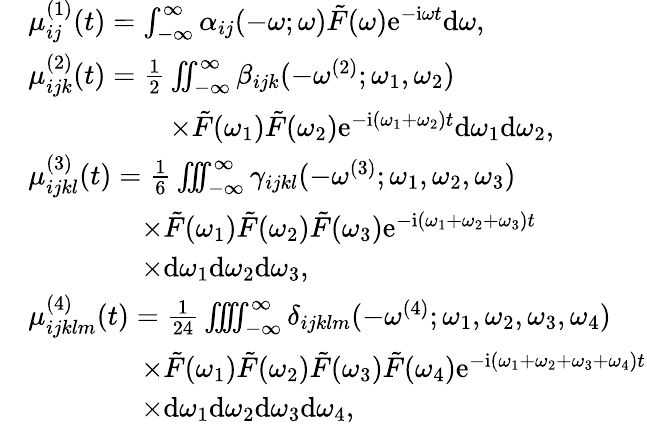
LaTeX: \begin{array}{rl}&{\mu_{ij}^{(1)}(t)=\int_{-\infty}^{\infty}\alpha_{ij}(-\omega;\omega)\tilde{F}(\omega)\mathrm{e}^{-\mathrm{i}\omega t}\mathrm{d}\omega,}\\ &{\mu_{ijk}^{(2)}(t)=\frac{1}{2}\iint_{-\infty}^{\infty}\beta_{ijk}(-\omega^{(2)};\omega_{1},\omega_{2})}\\ &{\qquad\qquad\quad\times\tilde{F}(\omega_{1})\tilde{F}(\omega_{2})\mathrm{e}^{-\mathrm{i}(\omega_{1}+\omega_{2})t}\mathrm{d}\omega_{1}\mathrm{d}\omega_{2},}\\ &{\mu_{ijkl}^{(3)}(t)=\frac{1}{6}\iint\! \! \! \int_{-\infty}^{\infty}\gamma_{ijkl}(-\omega^{(3)};\omega_{1},\omega_{2},\omega_{3})}\\ &{\qquad\qquad\times\tilde{F}(\omega_{1})\tilde{F}(\omega_{2})\tilde{F}(\omega_{3})\mathrm{e}^{-\mathrm{i}(\omega_{1}+\omega_{2}+\omega_{3})t}}\\ &{\qquad\qquad\times\mathrm{d}\omega_{1}\mathrm{d}\omega_{2}\mathrm{d}\omega_{3},}\\ &{\mu_{ijklm}^{(4)}(t)=\frac{1}{24}\iint\! \! \! \iint_{-\infty}^{\infty}\delta_{ijklm}(-\omega^{(4)};\omega_{1},\omega_{2},\omega_{3},\omega_{4})}\\ &{\qquad\qquad\times\tilde{F}(\omega_{1})\tilde{F}(\omega_{2})\tilde{F}(\omega_{3})\tilde{F}(\omega_{4})\mathrm{e}^{-\mathrm{i}(\omega_{1}+\omega_{2}+\omega_{3}+\omega_{4})t}}\\ &{\qquad\qquad\times\mathrm{d}\omega_{1}\mathrm{d}\omega_{2}\mathrm{d}\omega_{3}\mathrm{d}\omega_{4},}\end{array}